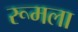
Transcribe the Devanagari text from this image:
रूमला